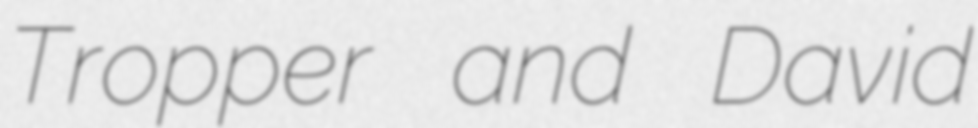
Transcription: Tropper and David